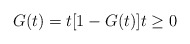
\begin{align*}G(t)=t[1-G(t)]t\geq0\end{align*}